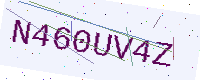
Text: N460UV4Z